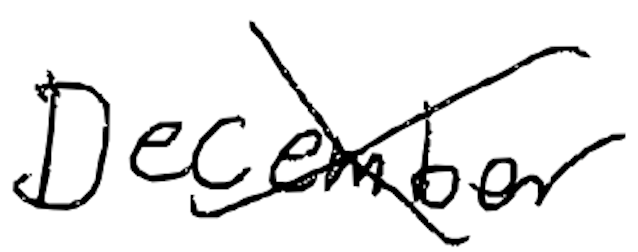
Text: December
Cross-out: cross
Writing tool: digital_black